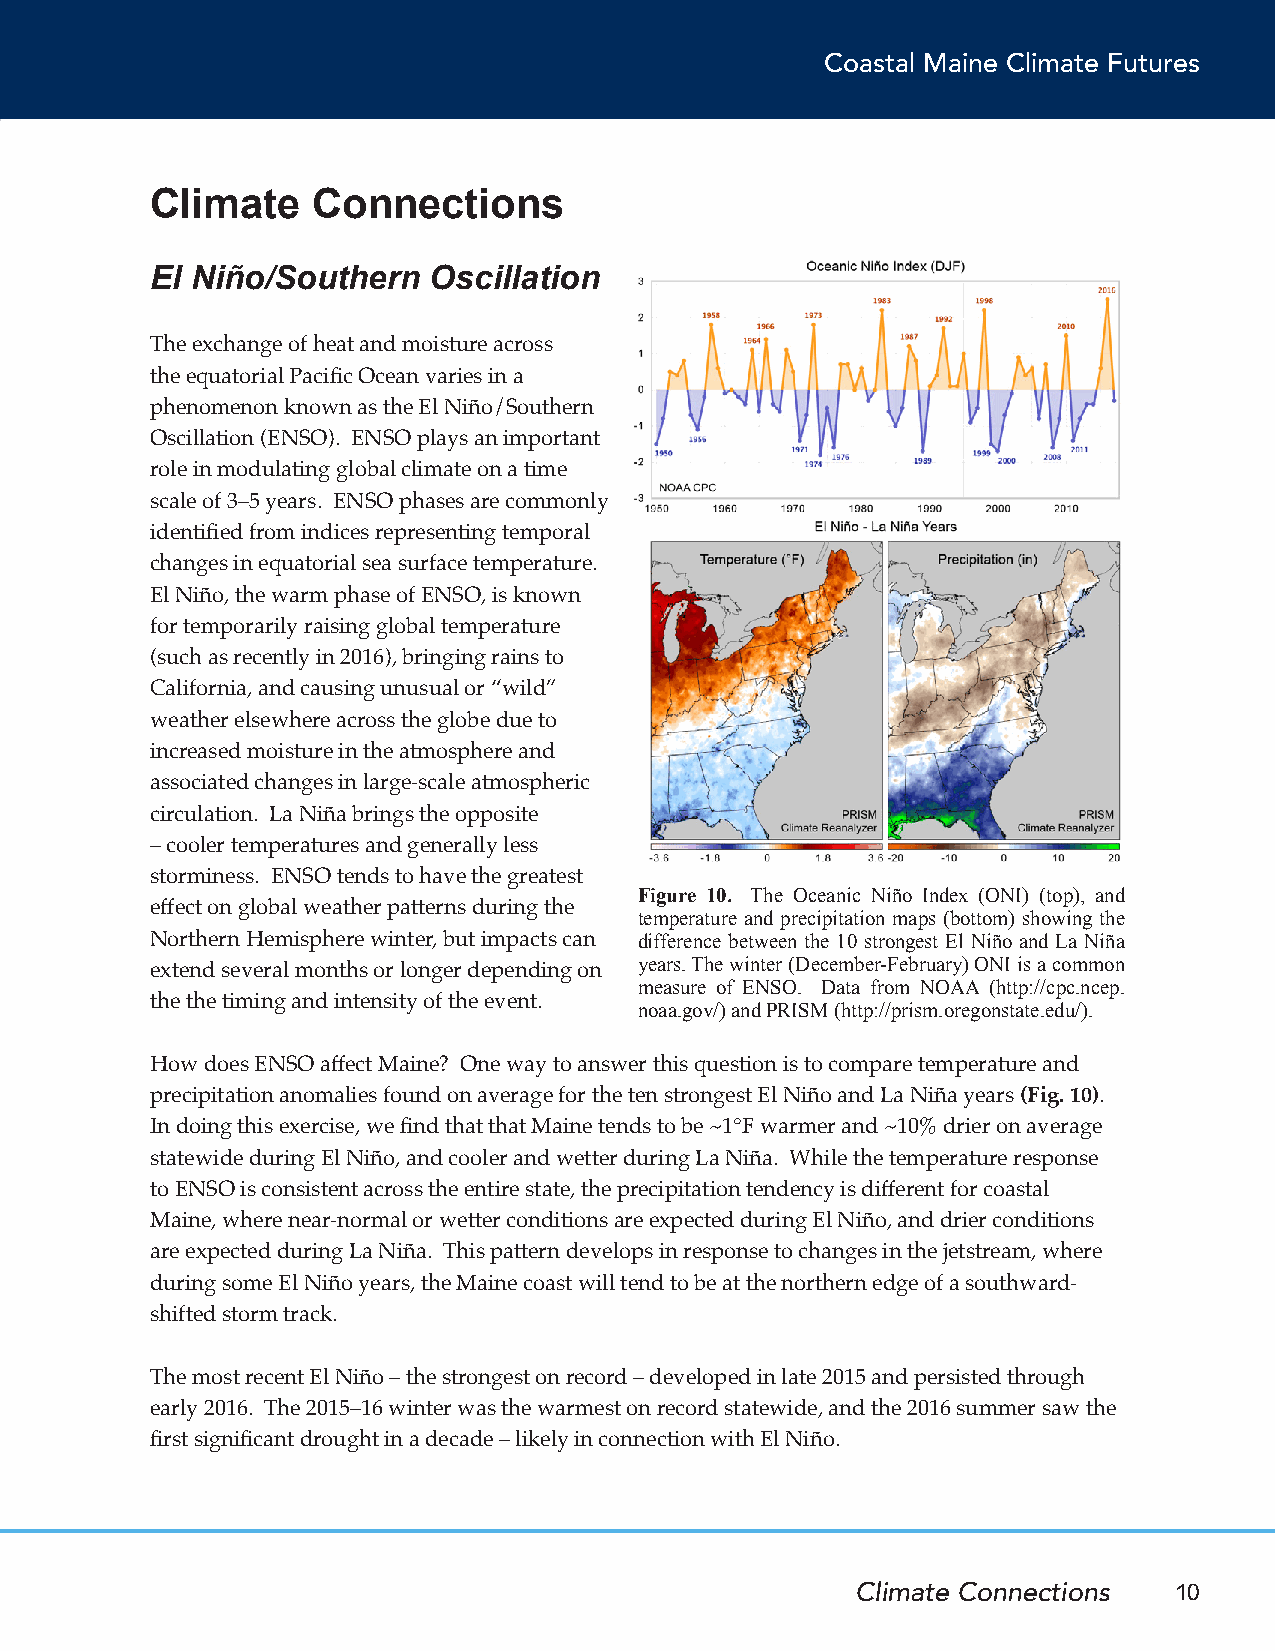
Coastal Maine Climate Futures
 Climate    Connections
 El Niño/Southern  Oscillation
 The exchange of heat and moisture across
 the equatorial Pacific Ocean varies in a
 phenomenon known as the El Niño/Southern
 Oscillation (ENSO). ENSO plays an important
 role in modulating global climate on a time
 scale of 3–5 years. ENSO phases are commonly
 identified from indices representing temporal
 changes in equatorial sea surface temperature.
 El Niño, the warm phase of ENSO, is known
 for temporarily raising global temperature
 (such as recently in 2016), bringing rains to
 California, and causing unusual or “wild”
 weather elsewhere across the globe due to
 increased moisture in the atmosphere and
 associated changes in large-scale atmospheric
 circulation. La Niña brings the opposite
 – cooler temperatures and generally less
 storminess. ENSO tends to have the greatest
 Figure 10. The Oceanic Niño Index (ONI) (top), and
 effect on global weather patterns during the
 temperature and precipitation maps (bottom) showing the
 Northern Hemisphere winter, but impacts can difference between the 10 strongest El Niño and La Niña
 years. The winter (December-February) ONI is a common
 extend several months or longer depending on
 measure of ENSO. Data from NOAA (http://cpc.ncep.
 the the timing and intensity of the event. noaa.gov/) and PRISM (http://prism.oregonstate.edu/).
 How does ENSO affect Maine? One way to answer this question is to compare temperature and
 precipitation anomalies found on average for the ten strongest El Niño and La Niña years (Fig. 10).
 In doing this exercise, we find that that Maine tends to be ~1°F warmer and ~10% drier on average
 statewide during El Niño, and cooler and wetter during La Niña. While the temperature response
 to ENSO is consistent across the entire state, the precipitation tendency is different for coastal
 Maine, where near-normal or wetter conditions are expected during El Niño, and drier conditions
 are expected during La Niña. This pattern develops in response to changes in the jetstream, where
 during some El Niño years, the Maine coast will tend to be at the northern edge of a southward-
 shifted storm track.
 The most recent El Niño – the strongest on record – developed in late 2015 and persisted through
 early 2016. The 2015–16 winter was the warmest on record statewide, and the 2016 summer saw the
 first significant drought in a decade – likely in connection with El Niño.
 Climate Connections  10